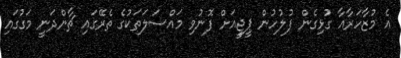
އެ މުޒާހަރާއާ ގުޅިގެން ފުލުހުން ޕީޖީއަށް ފޮނުވި މައްސަލަތަކުގެ ތެރޭގައި ޗާންދަނީ މަގުގައި